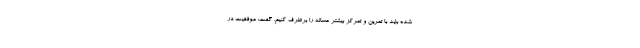
شده باید با تمرین و تمرکز بیشتر مساله را برطرف کنیم. گفت: موفقیت در